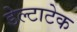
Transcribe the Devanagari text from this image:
डेल्टाटेक